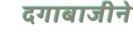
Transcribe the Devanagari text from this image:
दगाबाजीने